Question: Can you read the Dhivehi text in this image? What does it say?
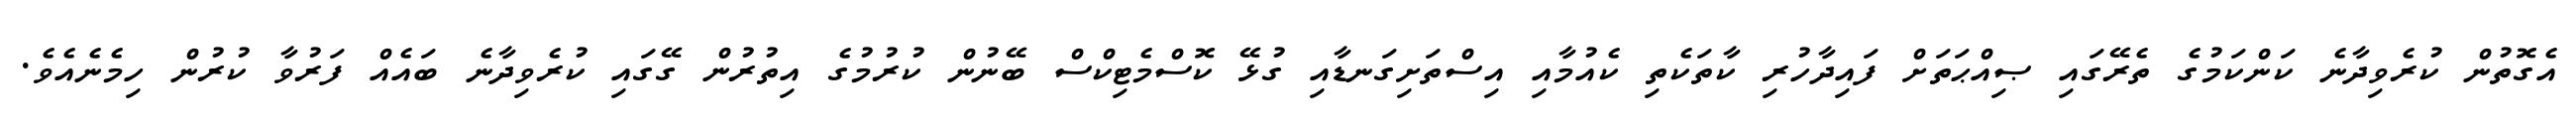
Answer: އެގޮތުން ކުރެވިދާނެ ކަންކަމުގެ ތެރޭގައި ޞިއްޙަތަށް ފައިދާހުރި ކާތަކެތި ކެއުމާއި އިސްތަށިގަނޑާއި ގުޅޭ ކޮސްމެޓިކްސް ބޭނުން ކުރުމުގެ އިތުރުން ގޭގައި ކުރެވިދާނެ ބައެއް ފަރުވާ ކުރުން ހިމެނެއެވެ.